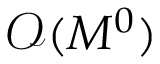
\mathcal { O } ( M ^ { 0 } )